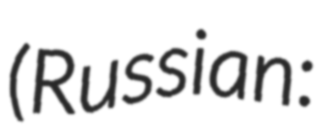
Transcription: (Russian: